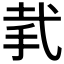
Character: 𢎇